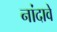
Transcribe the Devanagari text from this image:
नांदावे